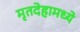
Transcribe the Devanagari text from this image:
मृतदेहामध्ये